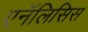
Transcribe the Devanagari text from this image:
एनॅलिसिस